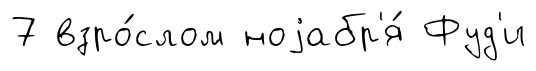
7 взро́слом ноjабр'я́ Фуд'и